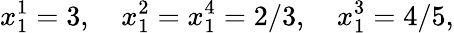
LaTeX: x_{1}^{1}=3,\quad x_{1}^{2}=x_{1}^{4}=2/3,\quad x_{1}^{3}=4/5,